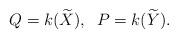
LaTeX: \begin{align*}Q=k({\widetilde X}),\;\; P=k({\widetilde Y}).\end{align*}